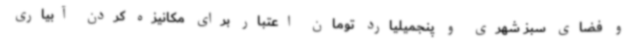
و فضای سبز شهری و پنجمیلیارد تومان اعتبار برای مکانیزه کردن آبیاری